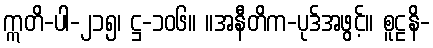
ဣတိ-ပါ-၂၁၅၊ ဋ္ဌ-၁၀၆။ ။အနီတိက-ပုဒ်အဖွင့်။ စူဠနိ-